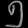
Digit: ၅